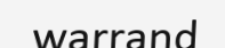
warrand